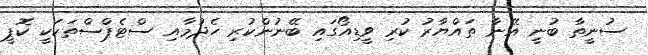
ސުނީތާ ބުނީ އޭނާ ތައްޔާރު ކުރި ވީޑިއޯގައި ބޭނުންކުރި ހެދުމާއި ސްޓެޕްސްތަކަކީ ކޮޕީ